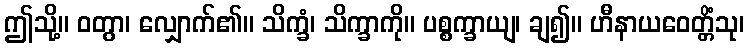
ဤသို့။ ဝတွာ၊ လျှောက်၏။ သိက္ခံ၊ သိက္ခာကို။ ပစ္စက္ခာယျ၊ ချ၍။ ဟီနာယဝေတ္တိံသု၊